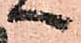
へ